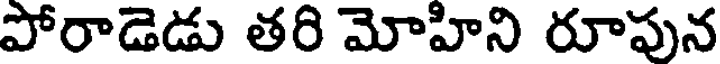
పోరాడెడు తరి మోహిని రూపున